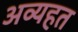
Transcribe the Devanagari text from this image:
अव्यहत